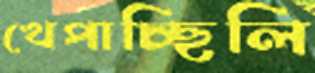
খেপাচ্ছিলি